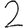
Digit: 2